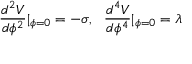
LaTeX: \frac { d ^ { 2 } V } { d \phi ^ { 2 } } | _ { \phi = 0 } = - \sigma , ~ ~ \frac { d ^ { 4 } V } { d \phi ^ { 4 } } | _ { \phi = 0 } = \lambda